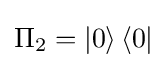
\Pi _{2}=\left\vert 0\right\rangle \left\langle 0\right\vert